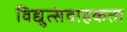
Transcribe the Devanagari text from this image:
विद्युत्संवाहकता